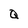
Character: Q